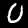
Label: 0